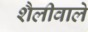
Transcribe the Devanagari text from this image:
शैलीवाले